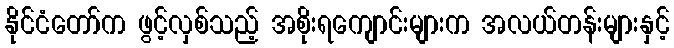
နိုင်ငံတော်က ဖွင့်လှစ်သည့် အစိုးရကျောင်းများက အလယ်တန်းများနှင့်